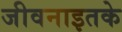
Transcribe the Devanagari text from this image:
जीवनाइतके